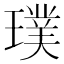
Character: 璞